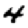
Digit: 4